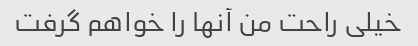
خیلی راحت من آنها را خواهم گرفت